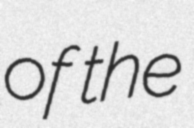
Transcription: of the